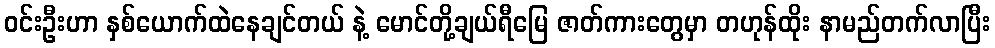
ဝင်းဦးဟာ နှစ်ယောက်ထဲနေချင်တယ် နဲ့ မောင်တို့ချယ်ရီမြေ ဇာတ်ကားတွေမှာ တဟုန်ထိုး နာမည်တက်လာပြီး